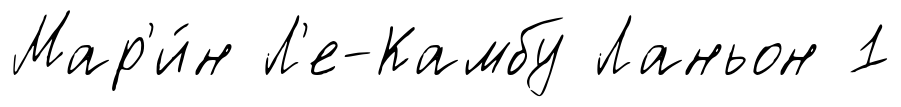
Мар'и́н Л'е-Камбу Ланьон 1